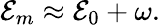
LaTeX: \mathcal{E}_{m}\approx\mathcal{E}_{0}+\omega.